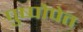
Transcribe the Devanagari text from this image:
पुष्पोपेत